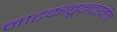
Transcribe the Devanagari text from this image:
नाटकांतूनदेखील